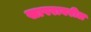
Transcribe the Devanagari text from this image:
खापरावरील